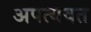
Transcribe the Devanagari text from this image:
अपत्यवत